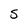
Character: S